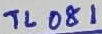
Text: TL081